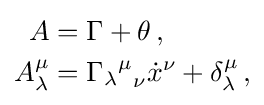
{\begin{aligned}A&=\Gamma +\theta \,,\\A_{\lambda }^{\mu }&={{\Gamma _{\lambda }}^{\mu }}_{\nu }{\dot {x}}^{\nu }+\delta _{\lambda }^{\mu }\,,\end{aligned}}